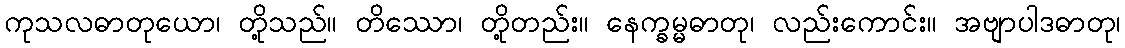
ကုသလဓာတုယော၊ တို့သည်။ တိဿော၊ တို့တည်း။ နေက္ခမ္မဓာတု၊ လည်းကောင်း။ အဗျာပါဒဓာတု၊